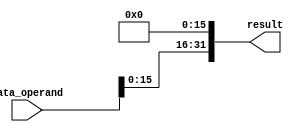
module shiftleft_sixteen(result, data_operand);

    input [31:0] data_operand;
    output [31:0] result;

    assign result[0] = 1'b0;
    assign result[1] = 1'b0;
    assign result[2] = 1'b0;
    assign result[3] = 1'b0;
    assign result[4] = 1'b0;
    assign result[5] = 1'b0;
    assign result[6] = 1'b0;
    assign result[7] = 1'b0;
    assign result[8] = 1'b0;
    assign result[9] = 1'b0;
    assign result[10] = 1'b0;
    assign result[11] = 1'b0;
    assign result[12] = 1'b0;
    assign result[13] = 1'b0;
    assign result[14] = 1'b0;
    assign result[15] = 1'b0;
    assign result[16] = data_operand[0];
    assign result[17] = data_operand[1];
    assign result[18] = data_operand[2];
    assign result[19] = data_operand[3];
    assign result[20] = data_operand[4];
    assign result[21] = data_operand[5];
    assign result[22] = data_operand[6];
    assign result[23] = data_operand[7];
    assign result[24] = data_operand[8];
    assign result[25] = data_operand[9];
    assign result[26] = data_operand[10];
    assign result[27] = data_operand[11];
    assign result[28] = data_operand[12];
    assign result[29] = data_operand[13];
    assign result[30] = data_operand[14];
    assign result[31] = data_operand[15];

endmodule